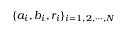
\{ a _ { i } , b _ { i } , r _ { i } \} _ { i = 1 , 2 , \cdots , N }